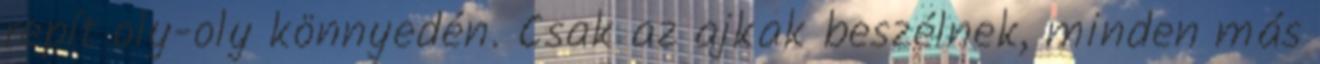
repít oly-oly könnyedén. Csak az ajkak beszélnek, minden más